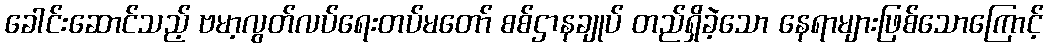
ခေါင်းဆောင်သည့် ဗမာ့လွတ်လပ်ရေးတပ်မတော် စစ်ဌာနချုပ် တည်ရှိခဲ့သော နေရာများဖြစ်သောကြောင့်